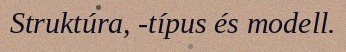
Struktúra, -típus és modell.